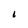
Character: 6